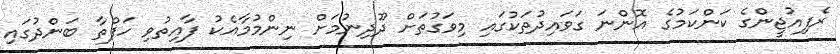
ރެފިއުޖީންގެ ކަންކަމުގެ އޮންނަ ގަވައިދުތަކުގައި މިވަގުތަށް ދޫދިނުމަށް ނިންމުމާއެކު ފާއިތުވި ހަފްތާ ބަންދުގައި